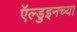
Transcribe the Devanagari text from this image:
ऍल्डुइनच्या